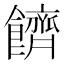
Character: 䭣